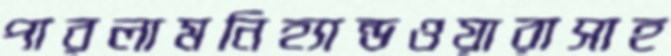
পারলামনিহ্যান্ডওয়ারাসাহ